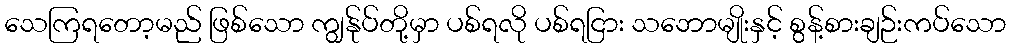
သေကြရတော့မည် ဖြစ်သော ကျွန်ုပ်တို့မှာ ပစ်ရလို ပစ်ရငြား သဘောမျိုးနှင့် စွန့်စားချဉ်းကပ်သော